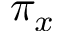
\pi _ { x }